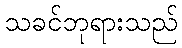
သခင်ဘုရားသည်